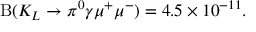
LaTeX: \mathrm { B } ( K _ { L } \rightarrow \pi ^ { 0 } \gamma \mu ^ { + } \mu ^ { - } ) = 4 . 5 \times 1 0 ^ { - 1 1 } .